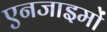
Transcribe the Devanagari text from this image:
एनजाइमों